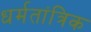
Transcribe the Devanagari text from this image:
धर्मतांत्रिक